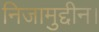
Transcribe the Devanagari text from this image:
निजामुद्दीन।